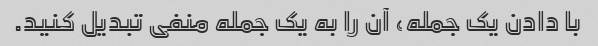
با دادن یک جمله، آن را به یک جمله منفی تبدیل کنید.